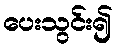
ပေးသွင်း၍